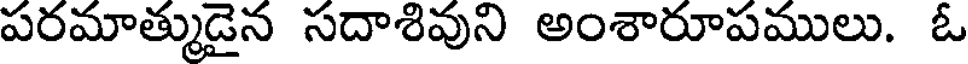
పరమాత్ముడైన సదాశివుని అంశారూపములు. ఓ